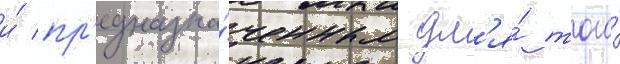
и́ пр'едназна́ченным дл'я́ того́